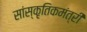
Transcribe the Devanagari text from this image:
सांस्कृतिकमंत्री